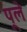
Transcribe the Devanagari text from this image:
पूले